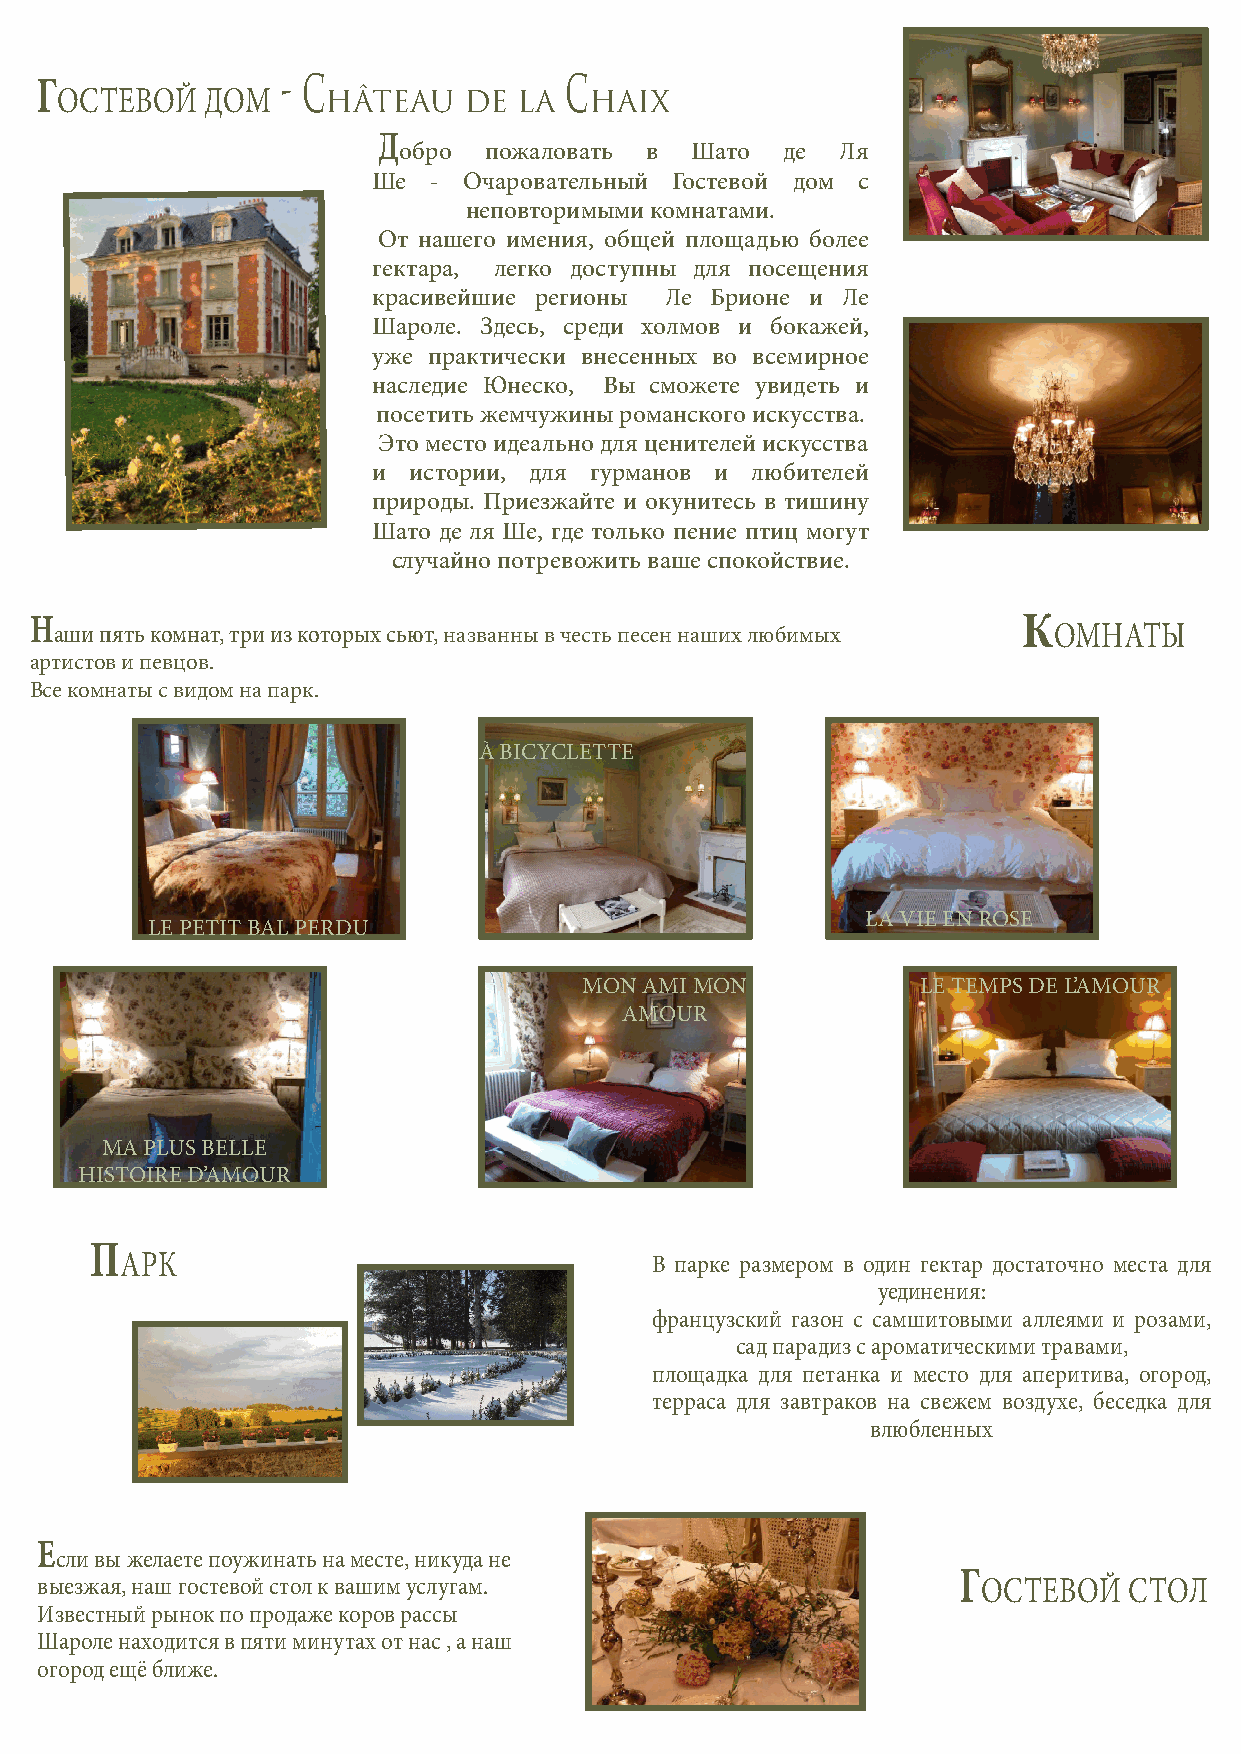
Г                - C               C
 ОСТЕВОЙ   ДОМ     HÂTEAU   DE LA   HAIX
 Д
 обро  пожаловать в  Шато  де  Ля
 Ше  - Очаровательный Гостевой дом с
 неповторимыми комнатами.
 От нашего имения, общей площадью более
 гектара, легко доступны для посещения
 красивейшие регионы Ле Брионе и Ле
 Шароле. Здесь, среди холмов и бокажей,
 уже практически внесенных во всемирное
 наследие Юнеско, Вы сможете увидеть и
 посетить жемчужины романского искусства.
 Это место идеально для ценителей искусства
 и истории, для гурманов и любителей
 природы. Приезжайте и окунитесь в тишину
 Шато де ля Ше, где только пение птиц могут
 случайно потревожить ваше спокойствие.
 Н
 аши пять комнат, три из которых сьют, названны в честь песен наших любимых
 К
 ОМНАТЫ
 артистов и певцов.
 Все комнаты с видом на парк.
 À BICYCLETTE
 LA VIE EN ROSE
 LE PETIT BAL PERDU
 MON AMI MON           LE TEMPS DE L’AMOUR
 AMOUR
 MA PLUS BELLE
 HISTOIRE D’AMOUR
 П
 АРК                                В парке размером в один гектар достаточно места для
 уединения:
 французский газон с самшитовыми аллеями и розами,
 сад парадиз с ароматическими травами,
 площадка для петанка и место для аперитива, огород,
 терраса для завтраков на свежем воздухе, беседка для
 влюбленных
 Е
 сли вы желаете поужинать на месте, никуда не
 выезжая, наш гостевой стол к вашим услугам.
 Г
 ОСТЕВОЙ   СТОЛ
 Известный рынок по продаже коров рассы
 Шароле находится в пяти минутах от нас , а наш
 огород ещё ближе.